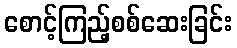
စောင့်ကြည့်စစ်ဆေးခြင်း